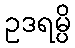
ဥဒရမ္ပိ